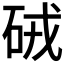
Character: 𥑳